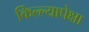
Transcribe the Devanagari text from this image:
किल्ल्यापेक्षा